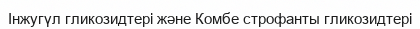
Інжугүл гликозидтері және Комбе строфанты гликозидтері